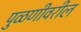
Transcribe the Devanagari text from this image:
पुळणीवरील